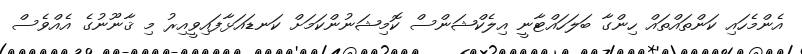
އެންމެހައި ކަންތައްތައް ހިންގާ ބަލަހައްޓާނީ އިލެކްޝަންސް ކޮމިޝަނުންކަމަށް ކަނޑައަޅާފައިވީއިރު މި ޤާނޫނުގެ އެއްވެސް